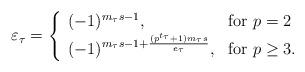
LaTeX: \begin{align*} \varepsilon_{\tau} = \left\{ \begin{array}{ll}(-1)^{m_{\tau}s-1}, & \textrm{for $p=2$} \\(-1)^{m_{\tau}s-1+\frac{(p^{t_{\tau}}+1)m_{\tau}s}{e_{\tau}}}, & \textrm{for $p\geq 3$}.\end{array} \right.\end{align*}